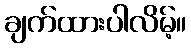
ချက်ထားပါလိမ့်။